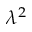
\lambda ^ { 2 }